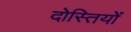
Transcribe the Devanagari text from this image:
दोस्तियों